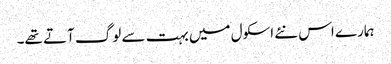
ہمارے اس نئے اسکول میں بہت سے لوگ آتے تھے۔